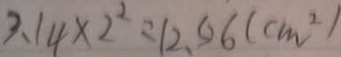
3 . 1 4 \times 2 ^ { 2 } = 1 2 . 5 6 ( c m ^ { 2 } )